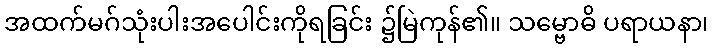
အထက်မဂ်သုံးပါးအပေါင်းကိုရခြင်း ၌မြဲကုန်၏။ သမ္ဗောဓိ ပရာယနာ၊